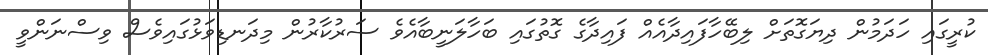
ކުރީގައި ހަދަމުން ދިޔަގޮތަށް ލިބޭހާފައިދާއެއް ފައިދާގެ ގޮތުގައި ބަހާލަނީބާއެވެ ސަރުކާރުން މިދަނޑިވަޅުގައިވެސް ވިސްނަންވީ